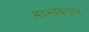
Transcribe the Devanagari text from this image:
सदस्यबंगाल